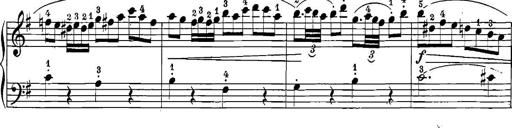
Title: 12 Sonatinas
Composer: Ignaz Pleyel